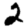
Digit: 2